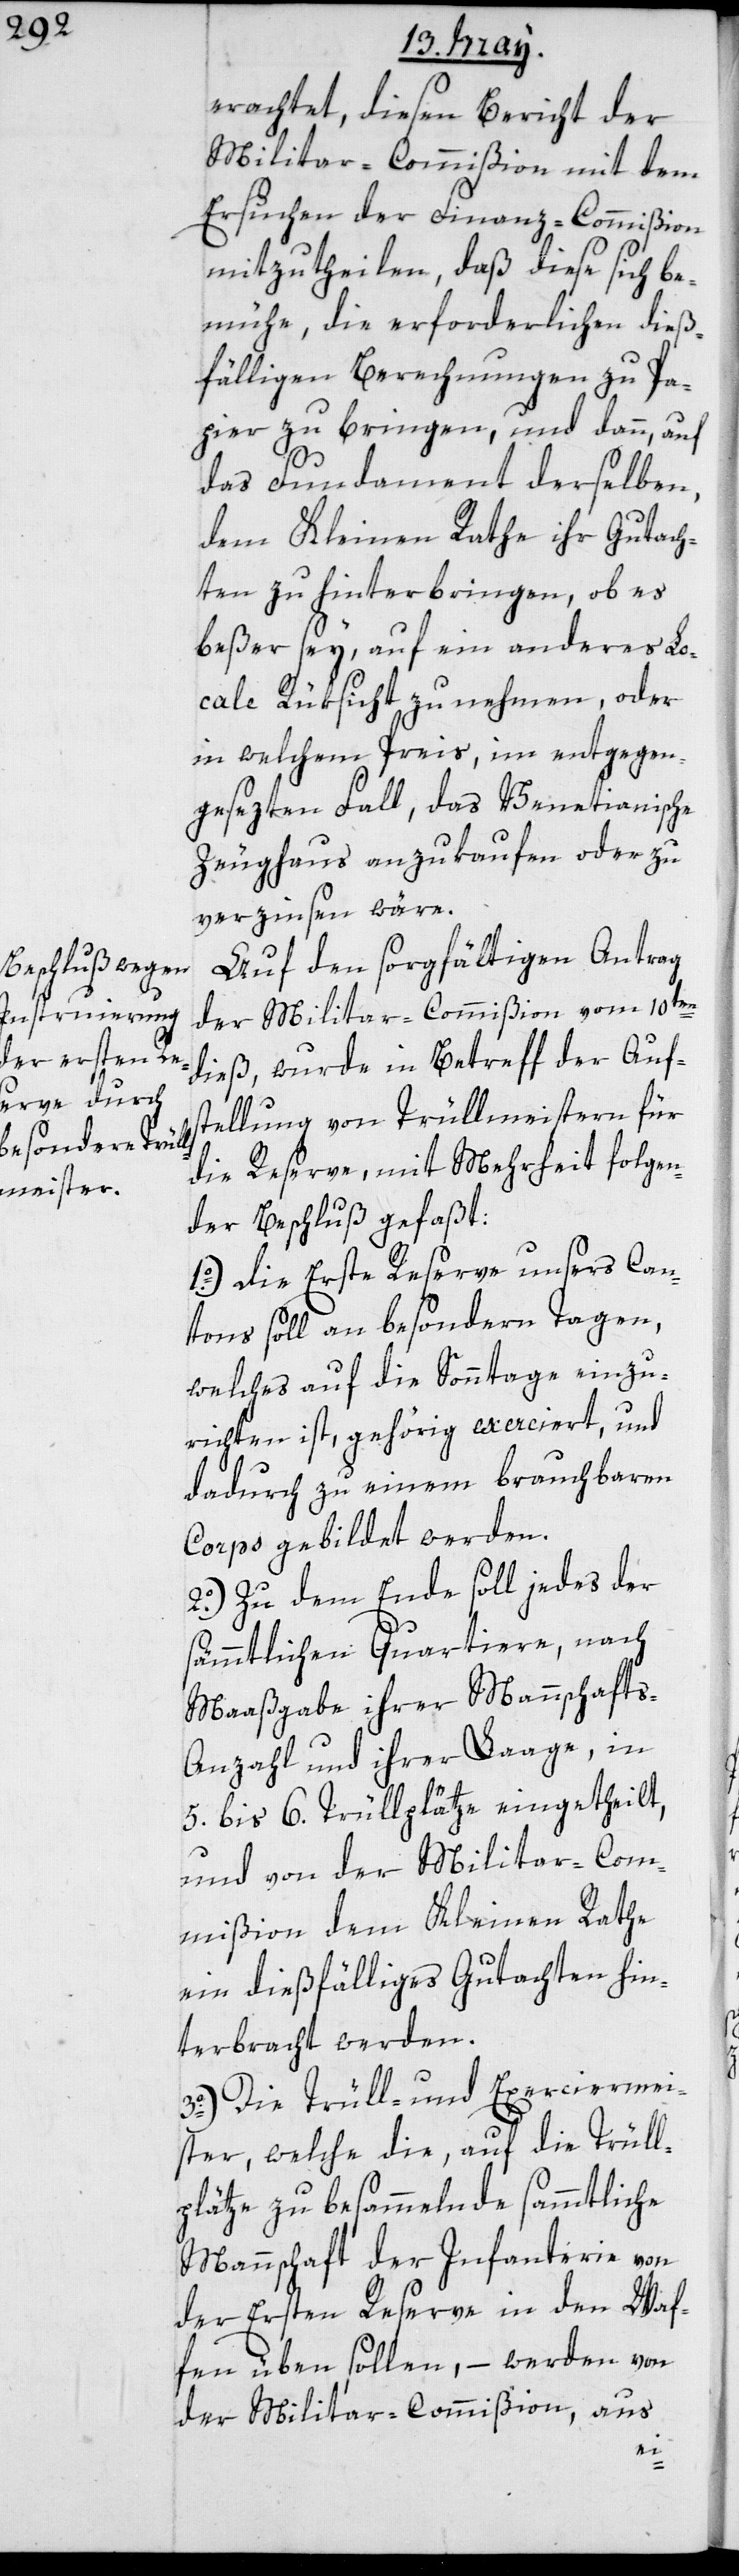
erachtet, diesen Bericht der
Militar-Commißion mit dem
Ersuchen der Finanz-Commißion
mitzutheilen, daß diese sich be¬
mühe, die erforderlichen dieß¬
fälligen Berechnungen zu Pa¬
pier zu bringen, und dann, auf
das Fundament derselben,
dem Kleinen Rathe ihr Gutach¬
ten zu hinterbringen, ob es
beßer sey, auf ein anderes Lo¬
cale Rüksicht zu nehmen, oder
in welchem Preis, im entgegen¬
gesezten Fall, das Venetianische
Zeughaus anzukaufen oder zu
verzinsen wäre.
Auf den sorgfältigen Antrag
der Militar-Commißion vom 10ten
dieß, wurde in Betreff der Auf¬
stellung von Trüllmeistern für
die Reserve, mit Mehrheit folgen¬
der Beschluß gefaßt:
1o.) Die Erste Reserve unsers Can¬
tons soll an besondern Tagen,
welches auf die Sonntage einzu¬
richten ist, gehörig exerciert, und
dadurch zu einem brauchbaren
Corps gebildet werden.
2o.) Zu dem Ende soll jedes der
sämmtlichen Quartiere, nach
Maaßgabe ihrer Mannschaft¬
s-Anzahl und ihrer Laage, in
5. bis 6. Trüllplätze eingetheilt,
und von der Militar-Com¬
mißion dem Kleinen Rathe
ein dießfälliges Gutachten hin¬
terbracht werden.
3o.) Die Trüll- und Exerciermei¬
ster, welche die, auf die Trüll¬
plätze zu besammelnde sämmtliche
Mannschaft der Infanterie von
der Ersten Reserve in den Waf¬
fen üben sollen, – werden von
der Militar-Commißion, aus